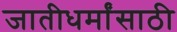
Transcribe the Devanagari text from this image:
जातीधर्मांसाठी